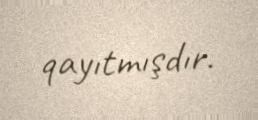
qayıtmışdır.